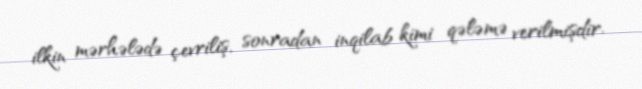
ilkin mərhələdə çevriliş, sonradan inqilab kimi qələmə verilmişdir.